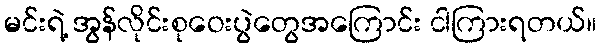
မင်းရဲ့ အွန်လိုင်းစုဝေးပွဲတွေအကြောင်း ငါကြားရတယ်။